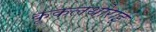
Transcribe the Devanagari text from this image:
कूकलथोराई